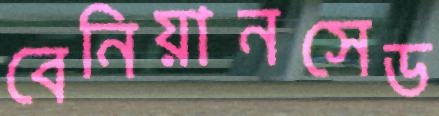
বেনিয়ানসেড